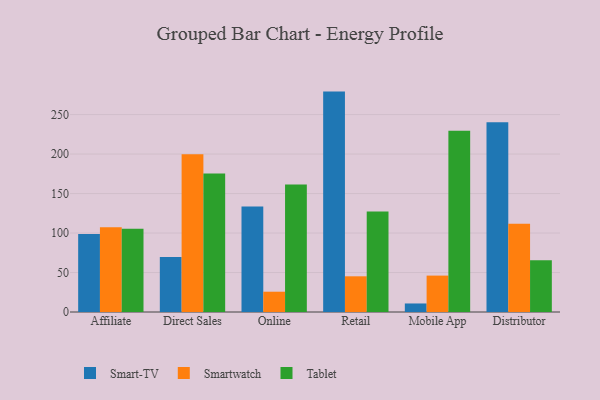
{"axis": {"x": "Channel", "y": "Market Share (%)"}, "legend": ["Smart-TV", "Smartwatch", "Tablet"], "data": [{"x": "Affiliate", "y": 98.7, "type": "Smart-TV"}, {"x": "Affiliate", "y": 107.3, "type": "Smartwatch"}, {"x": "Affiliate", "y": 105.4, "type": "Tablet"}, {"x": "Direct Sales", "y": 69.5, "type": "Smart-TV"}, {"x": "Direct Sales", "y": 199.8, "type": "Smartwatch"}, {"x": "Direct Sales", "y": 175.4, "type": "Tablet"}, {"x": "Online", "y": 133.6, "type": "Smart-TV"}, {"x": "Online", "y": 25.7, "type": "Smartwatch"}, {"x": "Online", "y": 161.6, "type": "Tablet"}, {"x": "Retail", "y": 279.1, "type": "Smart-TV"}, {"x": "Retail", "y": 45.2, "type": "Smartwatch"}, {"x": "Retail", "y": 127.4, "type": "Tablet"}, {"x": "Mobile App", "y": 10.8, "type": "Smart-TV"}, {"x": "Mobile App", "y": 46.1, "type": "Smartwatch"}, {"x": "Mobile App", "y": 229.4, "type": "Tablet"}, {"x": "Distributor", "y": 240.2, "type": "Smart-TV"}, {"x": "Distributor", "y": 111.6, "type": "Smartwatch"}, {"x": "Distributor", "y": 65.6, "type": "Tablet"}]}